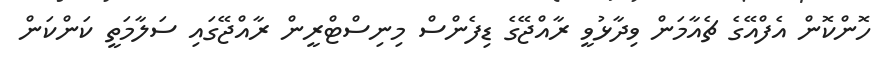
ހޮންކޮން އެފްއޭގެ ޗެއާމަން ވިދާޅުވީ ރާއްޖޭގެ ޑިފެންސް މިނިސްޓްރީން ރާއްޖޭގައި ސަލާމަތީ ކަންކަން